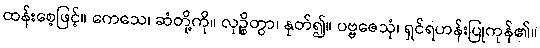
ထန်းစေ့ဖြင့်။ ကေသေ၊ ဆံတို့ကို။ လုဉ္စိတွာ၊ နုတ်၍။ ပဗ္ဗဇေသုံ၊ ရှင်ရဟန်းပြုကုန်၏။